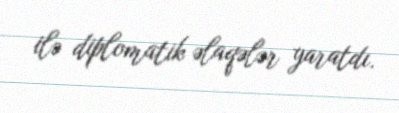
ilə diplomatik əlaqələr yaratdı.